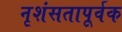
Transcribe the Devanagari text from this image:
नृशंसतापूर्वक